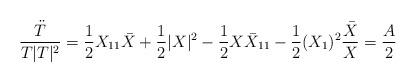
LaTeX: \begin{align*}\frac{\ddot T}{T |T|^2} = \frac{1}{2} X_{11} \bar X + \frac{1}{2}|X|^2 - \frac{1}{2} X{\bar{X}}_{11} -\frac{1}{2}(X_{1})^2\frac{\bar{X}}{X} = \frac{A}{2}\end{align*}